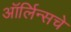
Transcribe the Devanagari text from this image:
ऑर्लिन्सचे